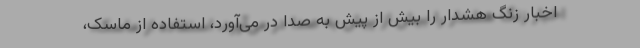
اخبار زنگ هشدار را بیش از پیش به صدا در می‌آورد، استفاده از ماسک،